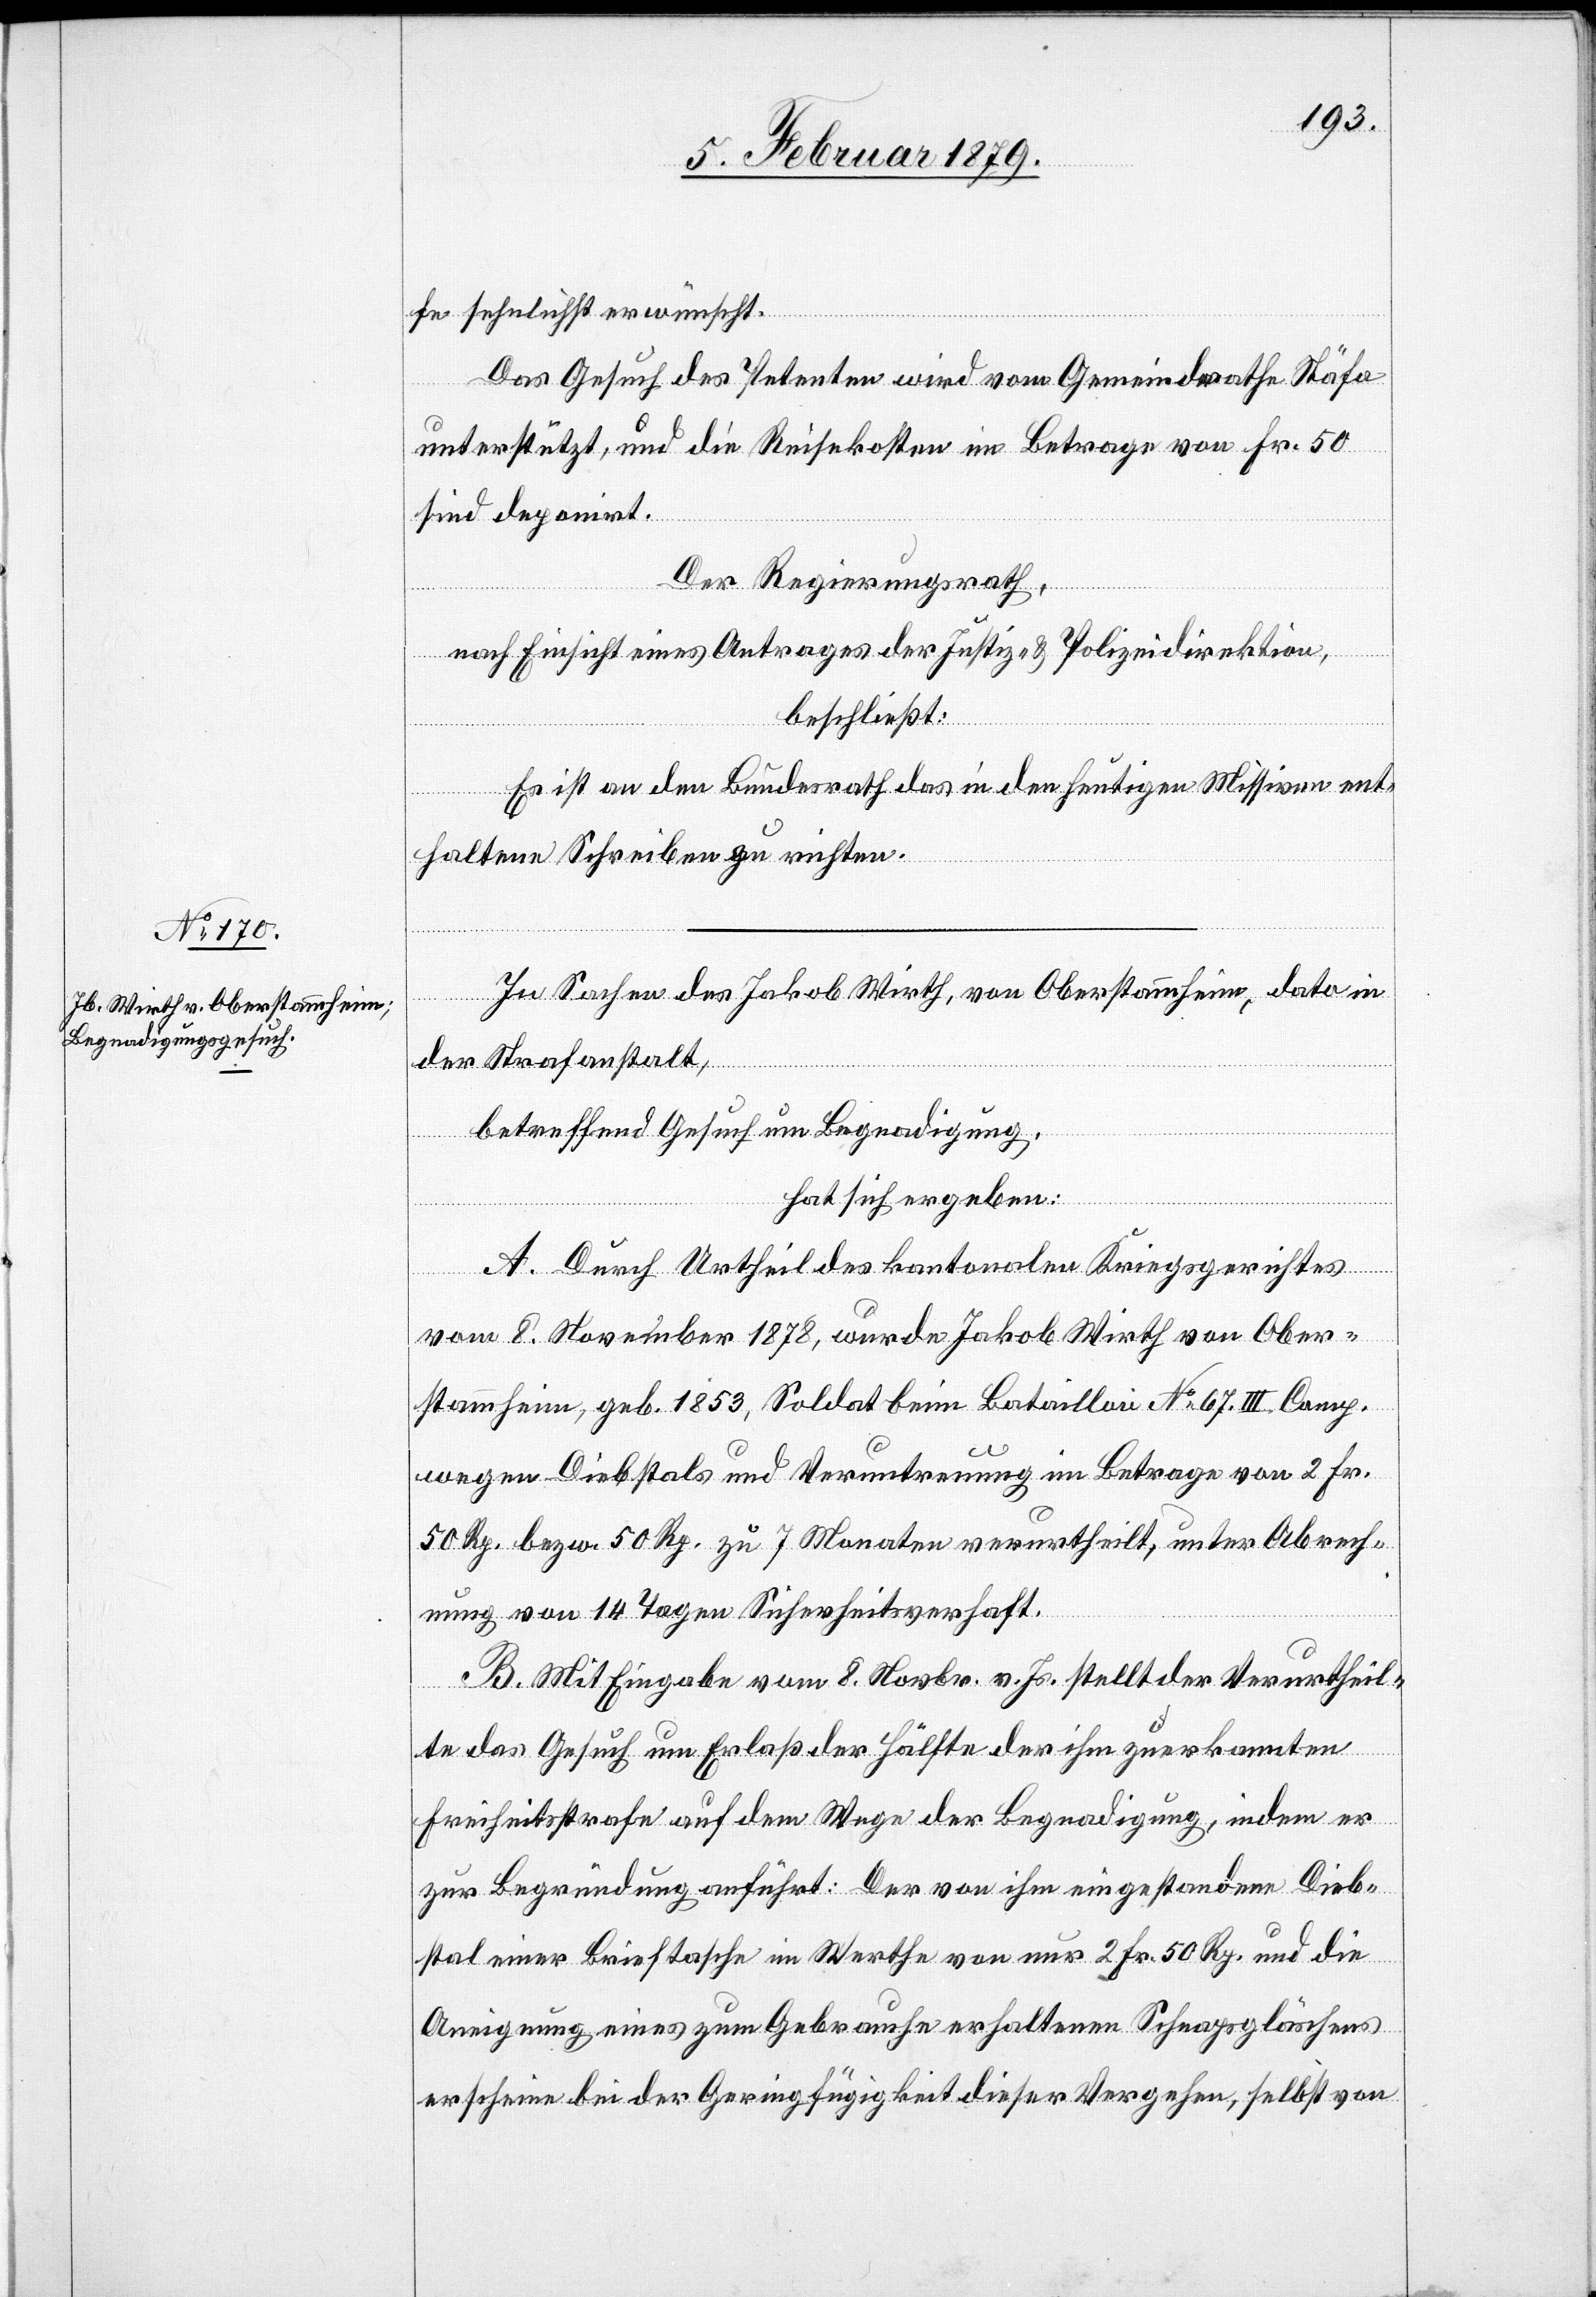
fe sehnlichst erwünscht.
Das Gesuch des Petenten wird vom Gemeindrathe Stäfa
unterstützt, und die Reisekosten im Betrage von Fr. 50
sind deponirt.
Der Regierungsrath,
nach Einsicht eines Antrages der Justiz- & Polizeidirektion,
beschließt:
Es ist an den Bundesrath das in den heutigen Missiven ent¬
haltene Schreiben zu richten.
In Sachen des Jakob Wirth, von Oberstammheim, dato in
der Strafanstalt,
betreffend Gesuch um Begnadigung,
hat sich ergeben:
A. Durch Urtheil des kantonalen Kriegsgerichtes
vom 8. November 1878, wurde Jakob Wirth von Ober¬
stammheim, geb. 1853, Soldat beim Bataillon No 67. III. Comp.
wegen Diebstals und Veruntreuung im Betrage von 2 Fr.
50 Rp. bezw. 50 Rp. zu 7 Monaten verurtheilt, unter Abrech¬
nung von 14 Tagen Sicherheitsverhaft.
B. Mit Eingabe vom 8. Novbr. v. Js. stellt der Verurtheil¬
te das Gesuch um Erlaß der Hälfte der ihm zuerkannten
Freiheitsstrafe auf dem Wege der Begnadigung, indem er
zur Begründung anführt: Der von ihm eingestandene Dieb¬
stal einer Brieftasche im Werthe von nur 2 Fr. 50 Rp. und die
Aneignung eines zum Gebrauche erhaltenen Schnapsgläschens
erscheine bei der Geringfügigkeit dieser Vergehen, selbst von